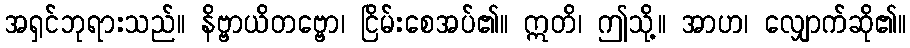
အရှင်ဘုရားသည်။ နိဗ္ဗာယိတဗ္ဗော၊ ငြိမ်းစေအပ်၏။ ဣတိ၊ ဤသို့။ အာဟ၊ လျှောက်ဆို၏။